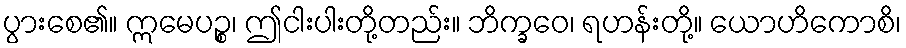
ပွားစေ၏။ ဣမေပဉ္စ၊ ဤငါးပါးတို့တည်း။ ဘိက္ခဝေ၊ ရဟန်းတို့။ ယောဟိကောစိ၊